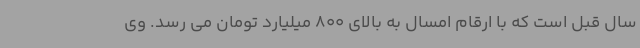
سال قبل است که با ارقام امسال به بالای 800 میلیارد تومان می رسد. وی